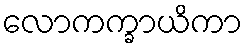
လောကက္ခာယိကာ